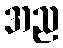
အည